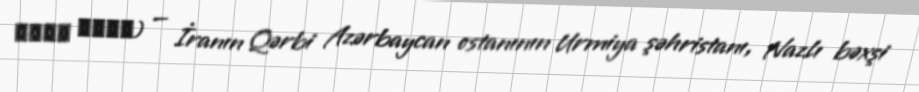
کریم آباد) — İranın Qərbi Azərbaycan ostanının Urmiya şəhristanı, Nazlı bəxşi